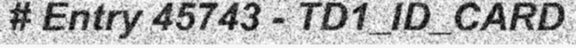
# Entry 45743 - TD1_ID_CARD